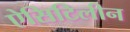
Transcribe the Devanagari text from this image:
ऐसिटिलीन